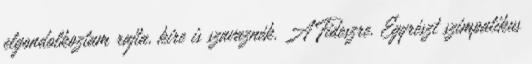
elgondolkoztam rajta, kire is szavaznék. A Fideszre. Egyrészt szimpatikus